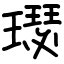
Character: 璱